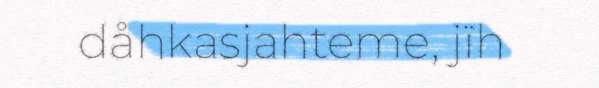
dåhkasjahteme, jïh